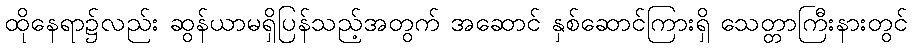
ထိုနေရာ၌လည်း ဆွန်ယာမရှိပြန်သည့်အတွက် အဆောင် နှစ်ဆောင်ကြားရှိ သေတ္တာကြီးနားတွင်